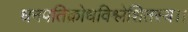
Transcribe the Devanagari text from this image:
धनपतिक्रोधविश्लेशितस्य।।